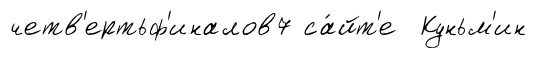
четв'ертьф'иналов7 са́йт'е Куньм'ин